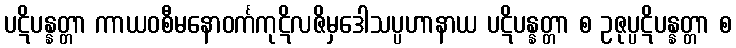
ပဋိပန္နတ္တာ ကာယဝစီမနောဝင်္ကကုဋိလဇိမှဒေါသပ္ပဟာနာယ ပဋိပန္နတ္တာ စ ဥဇုပ္ပဋိပန္နတ္တာ စ